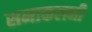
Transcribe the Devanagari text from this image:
समाकलनी